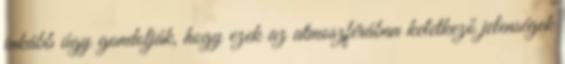
inkább úgy gondolják, hogy ezek az atmoszférában keletkező jelenségek